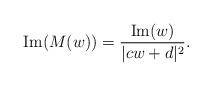
LaTeX: \begin{align*} {\rm Im}(M(w)) = \frac{{\rm Im}(w)}{|cw+d|^{2}}.\end{align*}